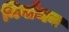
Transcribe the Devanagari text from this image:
निर्वांचन